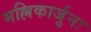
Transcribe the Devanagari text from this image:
मल्लिकार्जुनः